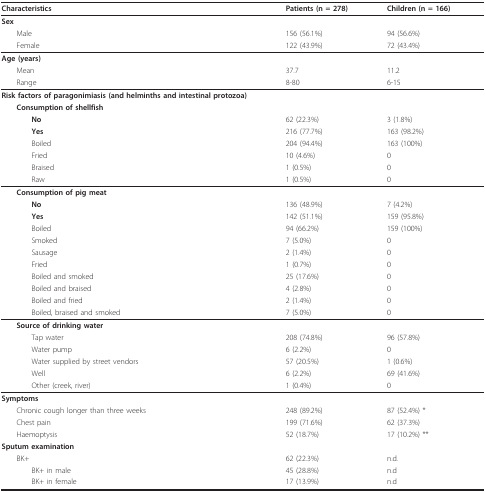
| Characteristics | Patients (n = 278) | Children (n = 166) |
 | --- | --- | --- |
 | Sex |  |  |
 | Male | 156 (56.1%) | 94 (56.6%) |
 | Female | 122 (43.9%) | 72 (43.4%) |
 | Age (years) |  |  |
 | Mean | 37.7 | 11.2 |
 | Range | 8-80 | 6-15 |
 | Risk factors of paragonimiasis (and helminths and intestinal protozoa) |  |  |
 | Consumption of shellfish |  |  |
 | No | 62 (22.3%) | 3 (1.8%) |
 | Yes | 216 (77.7%) | 163 (98.2%) |
 | Boiled | 204 (94.4%) | 163 (100%) |
 | Fried | 10 (4.6%) | 0 |
 | Braised | 1 (0.5%) | 0 |
 | Raw | 1 (0.5%) | 0 |
 | Consumption of pig meat |  |  |
 | No | 136 (48.9%) | 7 (4.2%) |
 | Yes | 142 (51.1%) | 159 (95.8%) |
 | Boiled | 94 (66.2%) | 159 (100%) |
 | Smoked | 7 (5.0%) | 0 |
 | Sausage | 2 (1.4%) | 0 |
 | Fried | 1 (0.7%) | 0 |
 | Boiled and smoked | 25 (17.6%) | 0 |
 | Boiled and braised | 4 (2.8%) | 0 |
 | Boiled and fried | 2 (1.4%) | 0 |
 | Boiled, braised and smoked | 7 (5.0%) | 0 |
 | Source of drinking water |  |  |
 | Tap water | 208 (74.8%) | 96 (57.8%) |
 | Water pump | 6 (2.2%) | 0 |
 | Water supplied by street vendors | 57 (20.5%) | 1 (0.6%) |
 | Well | 6 (2.2%) | 69 (41.6%) |
 | Other (creek, river) | 1 (0.4%) | 0 |
 | Symptoms |  |  |
 | Chronic cough longer than three weeks | 248 (89.2%) | 87 (52.4%) * |
 | Chest pain | 199 (71.6%) | 62 (37.3%) |
 | Haemoptysis | 52 (18.7%) | 17 (10.2%) ** |
 | Sputum examination |  |  |
 | BK+ | 62 (22.3%) | n.d. |
 | BK+ in male | 45 (28.8%) | n.d |
 | BK+ in female | 17 (13.9%) | n.d |